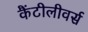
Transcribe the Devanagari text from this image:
कैंटीलीवर्स